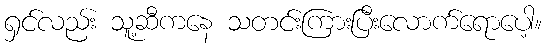
ရှင်လည်း သူ့ဆီကနေ သတင်းကြားပြီးလောက်ရောပေါ့။